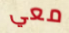
معي